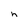
Character: h